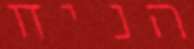
הניח